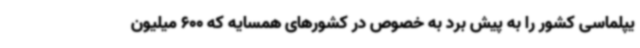
یپلماسی کشور را به پیش برد به خصوص در کشورهای همسایه که 600 میلیون